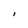
Character: I